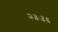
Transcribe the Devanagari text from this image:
२३ः३६